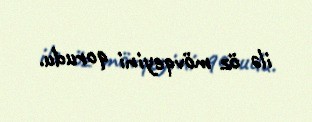
ilə öz mövqeyini qorudu.